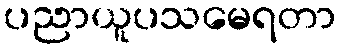
ပညာယူပသမေရတာ